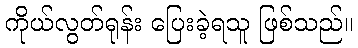
ကိုယ်လွတ်ရုန်း ပြေးခဲ့ရသူ ဖြစ်သည်။